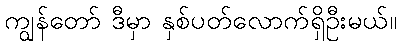
ကျွန်တော် ဒီမှာ နှစ်ပတ်လောက်ရှိဦးမယ်။